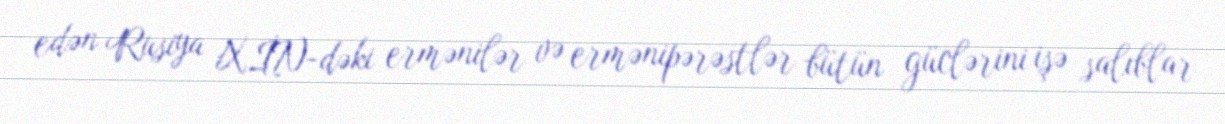
edən Rusiya XİN-dəki ermənilər və ermənipərəstlər bütün güclərini işə salıblar